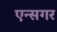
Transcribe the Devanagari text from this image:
एन्सगर